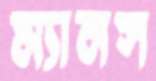
ম্যানস